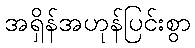
အရှိန်အဟုန်ပြင်းစွာ